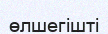
өлшегішті